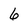
Character: 6